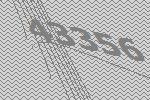
43356